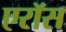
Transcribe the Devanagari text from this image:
एरॉस